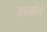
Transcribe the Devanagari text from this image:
उन्नहोंने